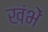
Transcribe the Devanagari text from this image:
खंभें